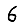
Digit: 6